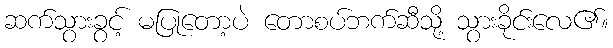
ဆက်သွားခွင့် မပြုတော့ပဲ တောစပ်ဘက်ဆီသို့ သွားခိုင်းလေ၏။